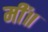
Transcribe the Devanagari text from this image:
मीं॥